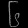
Digit: ၆